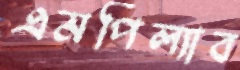
এমপিল্যাব